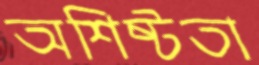
অশিষ্টতা